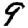
Digit: 9